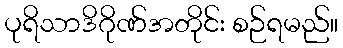
ပုရိသာဒိဂိုဏ်အတိုင်း စဉ်ရမည်။